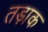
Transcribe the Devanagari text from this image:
तड़ाक